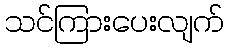
သင်ကြားပေးလျက်